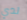
لدي